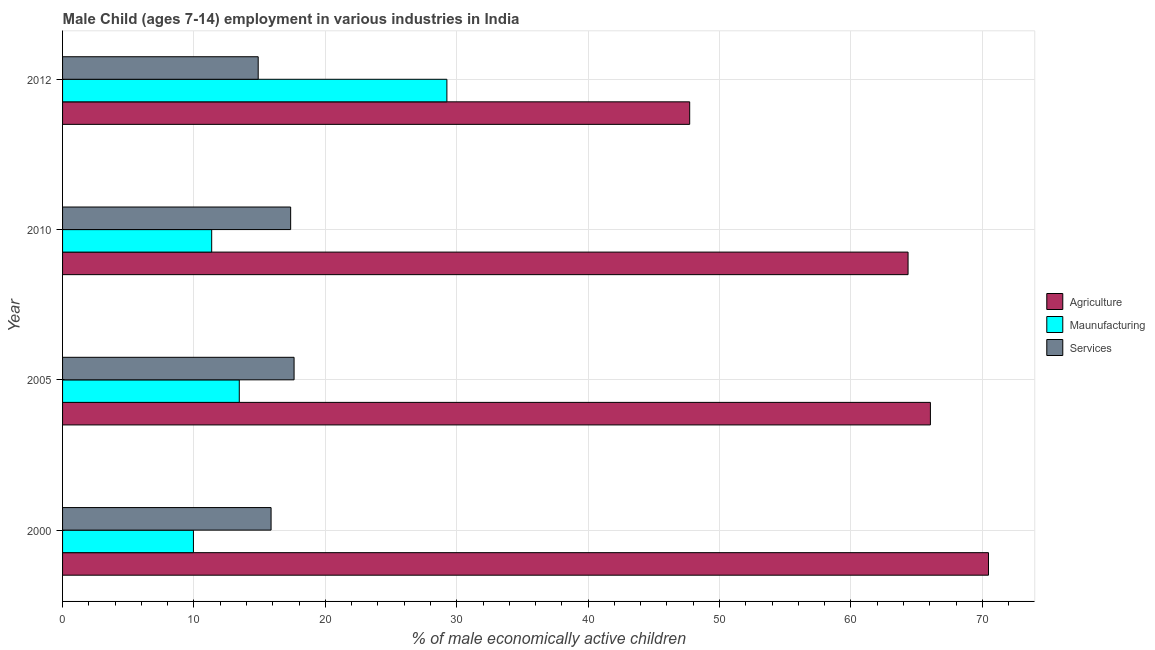
| Year | Agriculture | Maunufacturing | Services |
 | --- | --- | --- | --- |
 | 2000 | 70.5 | 9.96 | 15.9 |
 | 2005 | 66 | 13.4 | 17.6 |
 | 2010 | 64.3 | 11.3 | 17.4 |
 | 2012 | 47.7 | 29.2 | 14.9 |